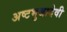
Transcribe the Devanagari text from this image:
अष्टभुजादेवी